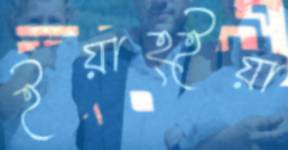
ইয়াহ্ইয়া